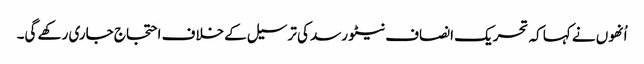
اُنھوں نے کہا کہ تحریک انصاف نیٹو رسد کی ترسیل کے خلاف احتجاج جاری رکھے گی۔